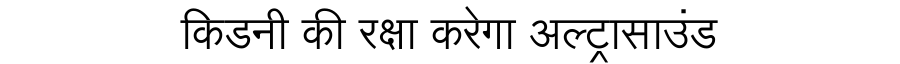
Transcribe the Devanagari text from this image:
किडनी की रक्षा करेगा अल्ट्रासाउंड